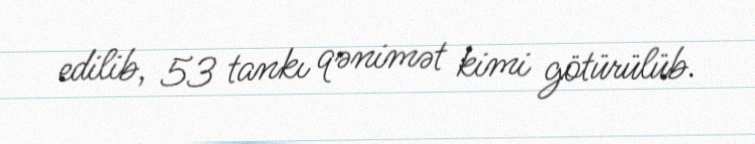
edilib, 53 tankı qənimət kimi götürülüb.